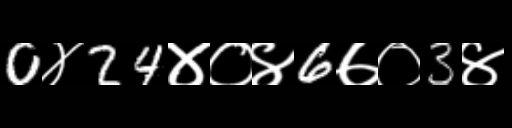
Text: 0४24४०४6७०3४